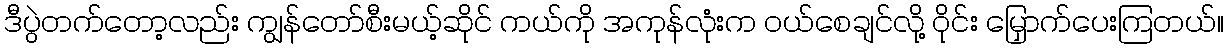
ဒီပွဲတက်တော့လည်း ကျွန်တော်စီးမယ့်ဆိုင် ကယ်ကို အကုန်လုံးက ဝယ်စေချင်လို့ ဝိုင်း မြှောက်ပေးကြတယ်။